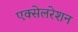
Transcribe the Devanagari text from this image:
एक्‍सेलरेशन